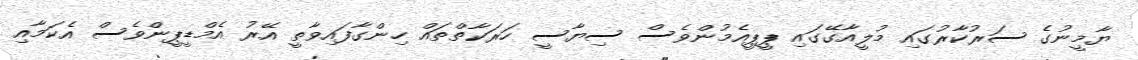
ޔާމީނުގެ ސަރުކާރުގައި މުލީއާގޭގައި ޕީޕީއެމުންވެސް ސިޔާސީ ހަރަކާތްތައް ހިންގާފައިވާތީ އޭރު އެމްޑީޕީންވެސް އެކަމާއި